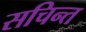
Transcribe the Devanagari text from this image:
सचिन्त